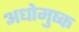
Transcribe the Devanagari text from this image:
अधोमुष्क